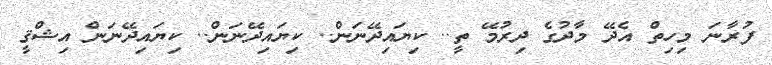
ފުރާނަ މިހިތް އެދޭ މާދުގެ ދިރުމޭ ތީ.. ކިޔައިދޭނަން.. ކިޔައިދޭނަން.. ކިޔައިދޭނަން އިޝްޤީ